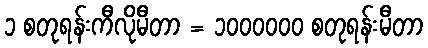
၁ စတုရန်းကီလိုမီတာ = ၁၀၀၀၀၀၀ စတုရန်းမီတာ